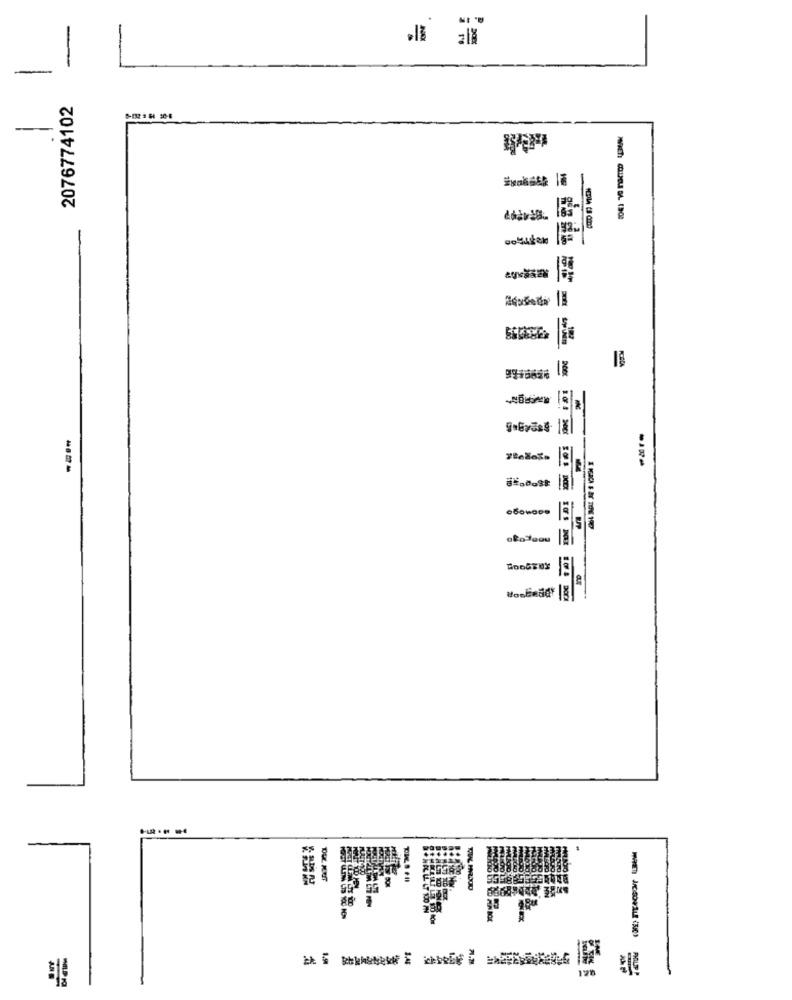
2076774102
WVKET: COLPELE BA. 1900
11
Routede